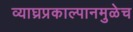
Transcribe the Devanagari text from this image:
व्याघ्रप्रकाल्पानमुळेच